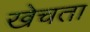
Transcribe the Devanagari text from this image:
खेचता